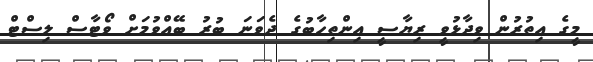
މީގެ އިތުރުން ވިދާޅުވީ ރިޔާސީ އިންތިހާބުގެ ދެވަނަ ބުރު ބޭއްވުމަށް ވޯޓާސް ލިސްޓް